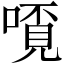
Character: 𫫗